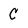
Character: C